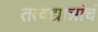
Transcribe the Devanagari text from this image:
तत्वद्यान्नांचं